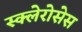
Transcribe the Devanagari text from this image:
स्क्लेरोसेस